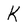
Character: K